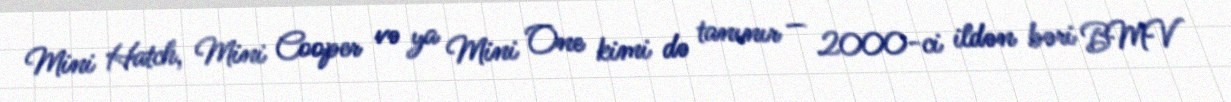
Mini Hatch, Mini Cooper və ya Mini One kimi də tanınır — 2000-ci ildən bəri BMV